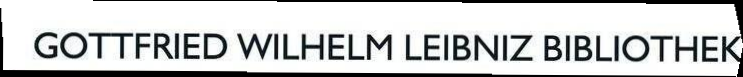
GOTTFRIED WILHELM LEIBNIZ BIBLIOTHEK